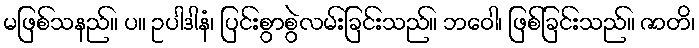
မဖြစ်သနည်။ ပ။ ဥပါဒါနံ၊ ပြင်းစွာစွဲလမ်းခြင်းသည်။ ဘဝေါ၊ ဖြစ်ခြင်းသည်။ ဇာတိ၊